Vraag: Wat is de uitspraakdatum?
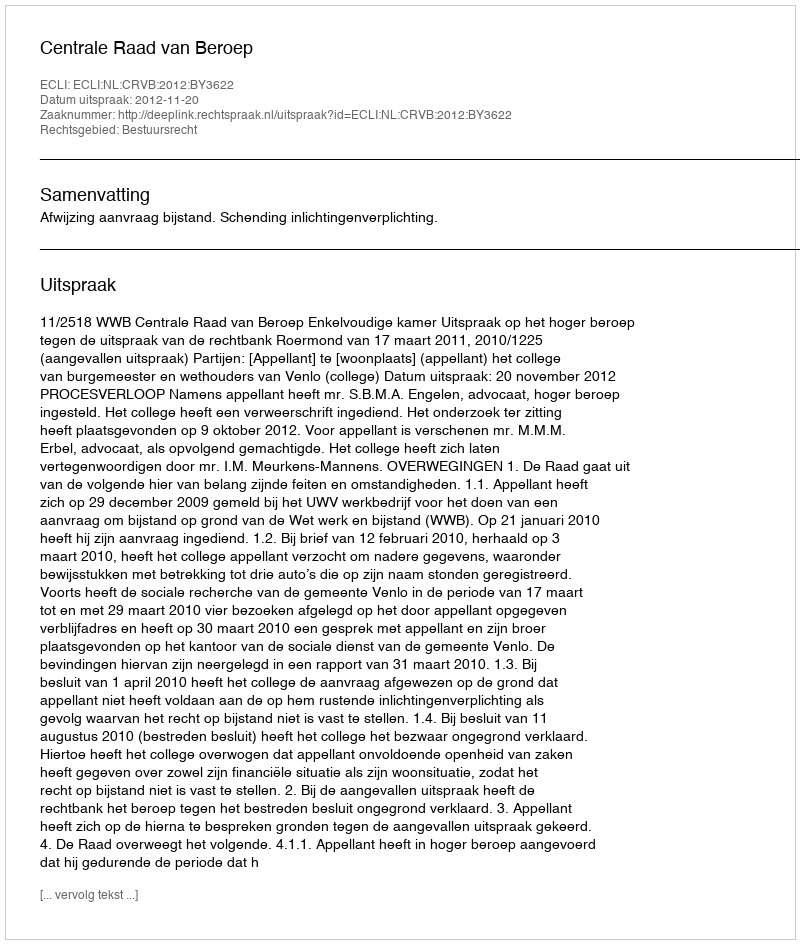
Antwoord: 2012-11-20